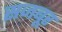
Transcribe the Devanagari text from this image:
सजबूर